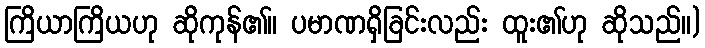
ကြိယာကြိယဟု ဆိုကုန်၏။ ပမာဏရှိခြင်းလည်း ထူး၏ဟု ဆိုသည်။)